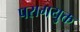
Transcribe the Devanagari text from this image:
परागयुक्त